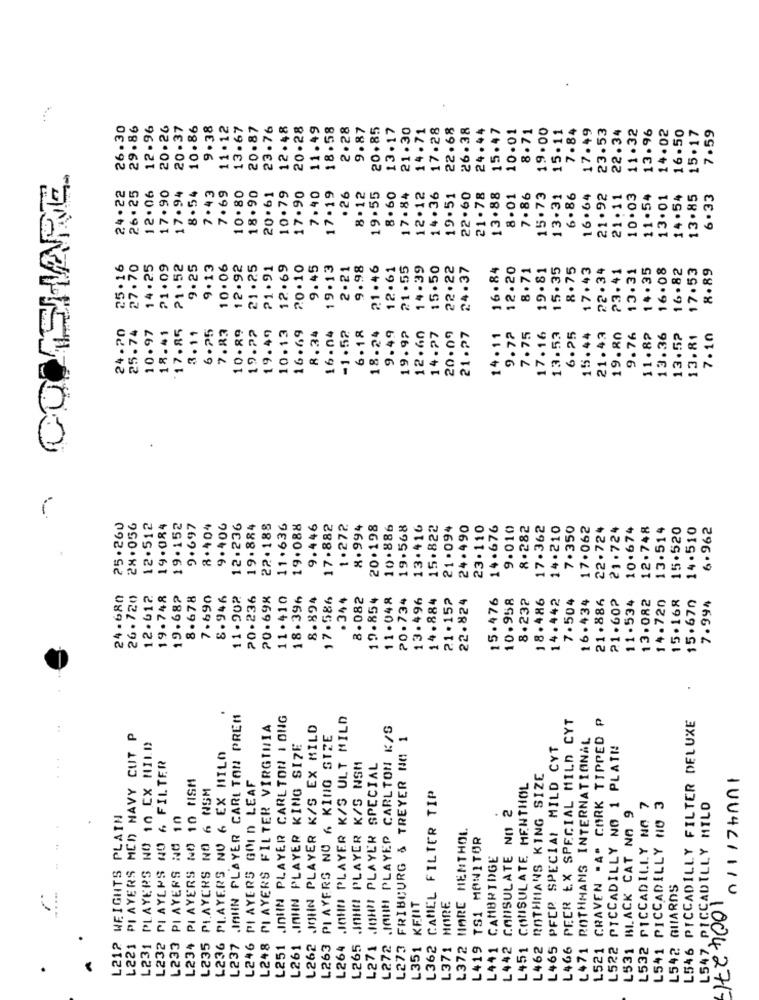
26.30
29.86
12.96
20.26
20.37
10.86
9 . 38
11.12
13.67
20.87
23.76
12.48
20.28
11.49
18.58
2.28
9.87
20.85
13.17
21.30
14.71
17.28
22.68
26.38
24.44
15.47
10.01
8.71
19.00
15.11
7.84
17.49
23.53
11.32
13.96
14.02
16.50
15.17
7.59
22.34
24.22
17.90
17.94
7.43
7.69
10.80
10.79
7.40
17.19
14.36
22.60
26 . 25
12.06
8.54
18.90
20.61
17.90
.26
8.12
19.55
8.60
17.84
12.12
19.51
21.78
13.88
8.01
7.86
15.73
13.31
6.86
16.64
21.92
21.11
10.03
11.54
13.01
14.54
13.85
6.33
25. 16
27.70
14.25
21.09
21.52
9.25
9.13
10.06
12.92
21.25
21.91
12.69
20.10
9.45
19.13
2.21
9.98
21.46
12.61
21.55
14.39
15.50
22.22
24.37
16.84
12.20
8.71
19.81
15.35
8.75
17.43
22.34
23.41
13.31
14.35
16.08
16.82
17.53
8.89
24.20
25.74
10.97
18.41
17.85
7.83
19.49
10.13
18.24
3.11
6.25
10.89
19.27
16.69
8.34
16.04
-1.52
6.18
9.49
19.92
12.60
14.27
20.09
21.27
14.11
9.72
7.75
17.16
13.53
6.25
15.44
21.43
19.80
9.76
11.8?
13.36
13.52
13.81
7.10
25.260
28. 056
12.512
19.084
19.152
9.697
8.404
9.406
12.236
19.884
22.188
11.636
19.088
9.446
17.882
1.272
8.994
20.198
10.886
19.568
13.416
15.822
21 .094
24.490
23.110
14.676
9.010
8.282
17.362
14.210
7.350
17.062
22.724
21.724
10.674
12.748
13.514
15.520
14.510
6.962
24-680
26.720
12.612
19.748
19.682
8.678
7.690
8.946
11.902
20.236
20.698
11. 410
18.396
8.894
17.586
.344
8.082
19.854
11.048
20.734
13.496
14.884
21.152
22.824
15.476
10.958
8.232
18.486
14.442
7.504
16.434
21.886
21.60₽
13.082
14.720
15.168
15.670
7.994
11.534
JOHN PLAYER CARLTON PREM
L251 .InUN PLAYER CARLTON I ONG
.JOHN PLAYER K/S ULT MILD
L466 PEER EX SPECIAL MILD CYT
L521 CRAVEN "A" CORK TIPPED P
L546 PICCADILLY FILTER DELUXE
L248 PLAYERS FILTER VIRGINIA
JOHN PLAYER K/S EX MILD
L272 JAHH PLAYER CARLTON K/S
PLAYERS MCD NAVY CUT P
PI AYERS NO 6 KING SIZE
L273 FRIBOURG & TREYER NO 1
L471 ROTHMANS INTERNATIONAL
L231 PLAYERS NO 10 EX HILD
.INHN PLAYER KING SIZE
L465 PFER SPECIAL MILD CYT
L522 PICCADILLY NO 1 PLAT !!
L236 PLAYERS NU 6 EX HILO
L232 PI AYLPS NO 6 FILTER
L265 .IHNI PLAYER K/S NSM
JOHN PLAYER SPECIAL
L234 PLAYERS NO 10 NSM
L246 PLAYERS GOLD LEAF
L462 ROTHMANS KING SIZE
01117 +nn1
L235 PLAYERS NO 6 NSM
L451 CONSULATE MENTHOL
L362 CAMEL FILTER TIP
L541 PICCADILLY NO 3
L442 CONSULATE NO 2
L531 BLACK CAT NA 9
L532 PICCADILLY NA 7
L547, PICCADILLY MILD
WEIGHTS PLAIN
L233 PLAYERS NO 10
L372 HARE MENTHOL
L419 TS1 MONITOR
CAMBRIDGE
L542 GUARDS
L351 KENIT
MORE
L221
L212
L237
L261
L262
L263
L264
L271
L371
L441
042717